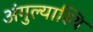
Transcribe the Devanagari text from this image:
अंगुल्यास्थि